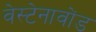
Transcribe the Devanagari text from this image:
वेस्टेनावोंड